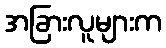
အခြားလူများက